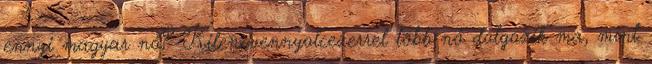
ennyi magyar nő? Kilencvennyolcezerrel több nő dolgozik ma, mint